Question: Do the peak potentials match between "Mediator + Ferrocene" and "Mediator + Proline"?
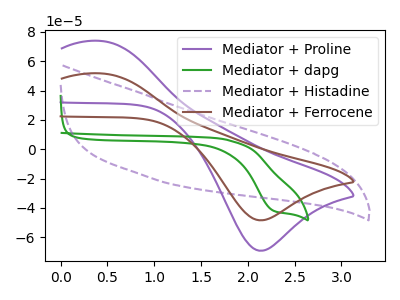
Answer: <think>The purple curve "Mediator + Proline" has an anodic peak at (0.45V, 73.85uA) and a cathodic peak at (2.15V, -69.30uA). The green curve "Mediator + dapg" has a cathodic peak at: (2.25V, -41.90uA). The purple dashed curve "Mediator + Histadine" has no peaks. The brown curve "Mediator + Ferrocene" has an anodic peak at (0.45V, 51.75uA) and a cathodic peak at (2.15V, -48.50uA).</think>
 <answer>Yes, "Mediator + Ferrocene" have a peak in "Mediator + Proline" at the same potential.</answer>
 <eval>match</eval>